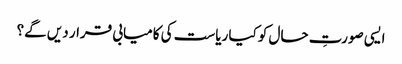
ایسی صورتِ حال کو کیا ریاست کی کامیابی قرار دیں گے؟